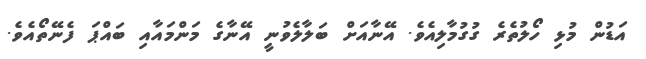
އަޑުން މުޅި ހޯލުތެރެ ގުގުމާލިއެވެ. އޭނާއަށް ބަލާލެވުނީ އޭނާގެ މަންމައާއި ބައްޕަ ފެނޭތޯއެވެ.